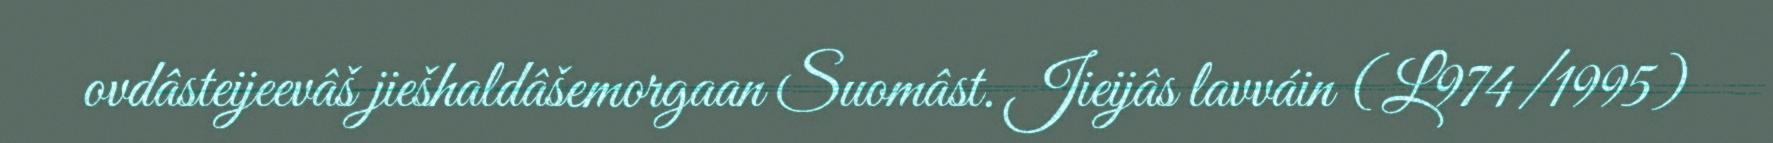
ovdâsteijeevâš jiešhaldâšemorgaan Suomâst. Jieijâs lavváin (L974/1995)